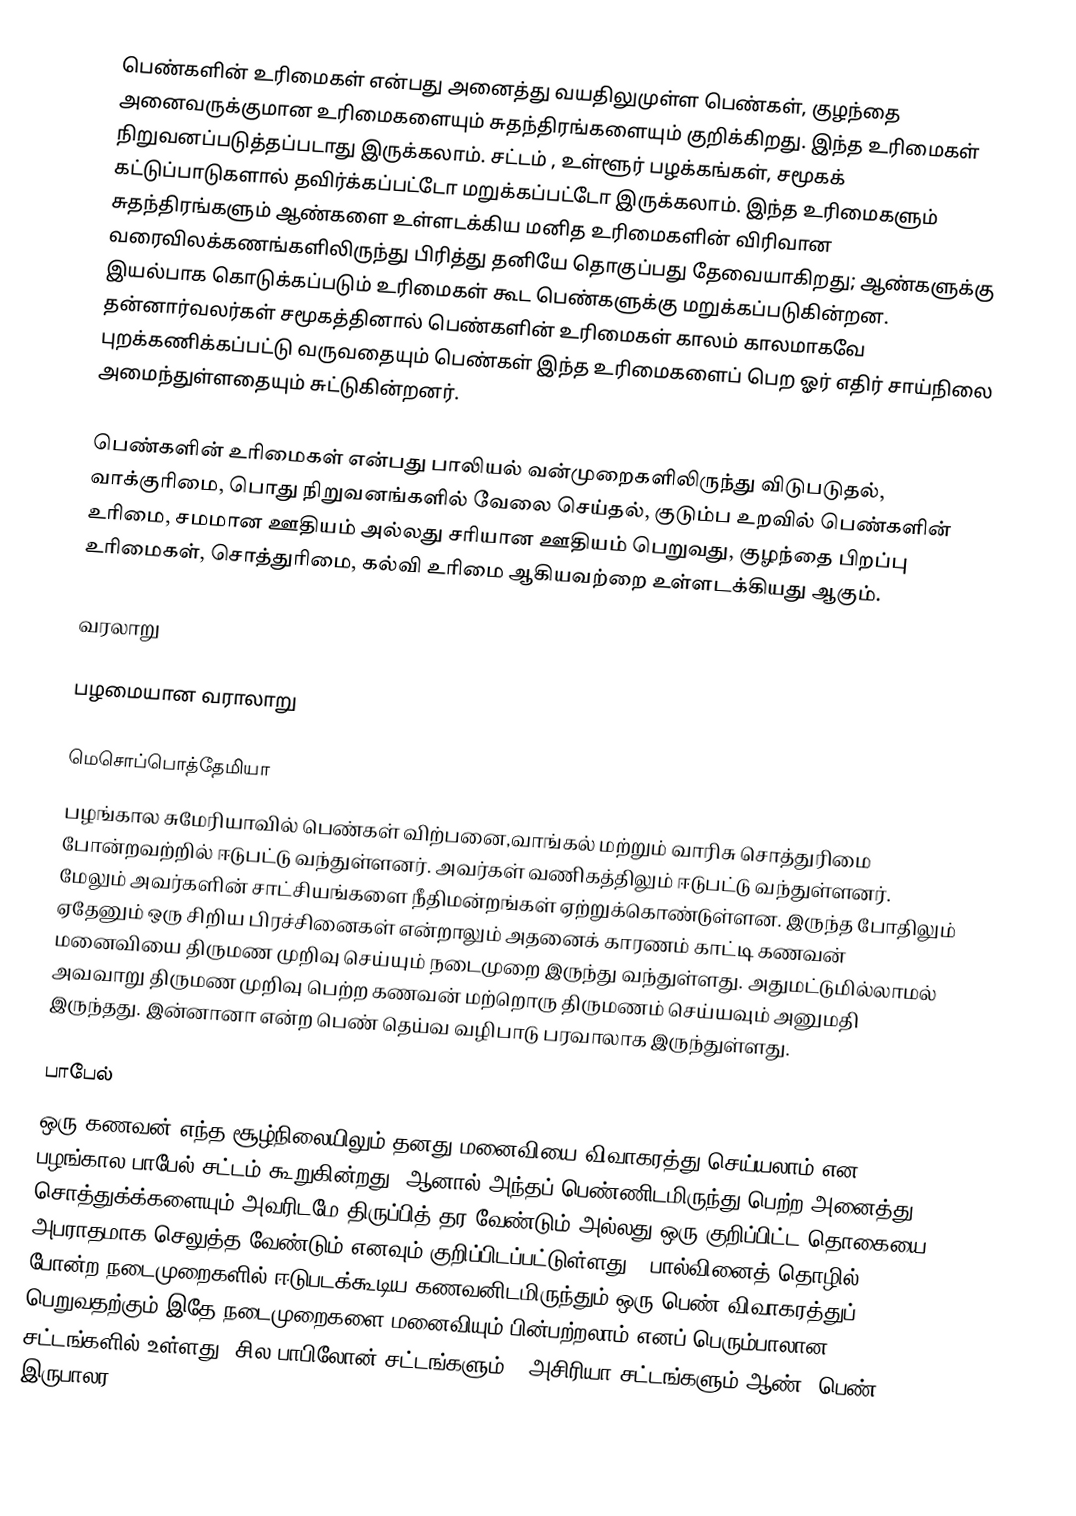
பெண்களின் உரிமைகள் என்பது அனைத்து வயதிலுமுள்ள பெண்கள், குழந்தை அனைவருக்குமான உரிமைகளையும் சுதந்திரங்களையும் குறிக்கிறது.  இந்த உரிமைகள் நிறுவனப்படுத்தப்படாது இருக்கலாம். சட்டம் , உள்ளூர் பழக்கங்கள், சமூகக் கட்டுப்பாடுகளால் தவிர்க்கப்பட்டோ மறுக்கப்பட்டோ இருக்கலாம்.  இந்த உரிமைகளும் சுதந்திரங்களும்  ஆண்களை உள்ளடக்கிய மனித உரிமைகளின் விரிவான வரைவிலக்கணங்களிலிருந்து பிரித்து தனியே தொகுப்பது தேவையாகிறது; ஆண்களுக்கு இயல்பாக கொடுக்கப்படும் உரிமைகள் கூட பெண்களுக்கு மறுக்கப்படுகின்றன.  தன்னார்வலர்கள் சமூகத்தினால் பெண்களின் உரிமைகள் காலம் காலமாகவே புறக்கணிக்கப்பட்டு வருவதையும் பெண்கள் இந்த உரிமைகளைப் பெற ஓர் எதிர் சாய்நிலை அமைந்துள்ளதையும் சுட்டுகின்றனர்.

பெண்களின் உரிமைகள் என்பது பாலியல் வன்முறைகளிலிருந்து விடுபடுதல், வாக்குரிமை, பொது நிறுவனங்களில் வேலை செய்தல், குடும்ப உறவில் பெண்களின் உரிமை, சமமான ஊதியம் அல்லது சரியான ஊதியம் பெறுவது, குழந்தை பிறப்பு உரிமைகள், சொத்துரிமை, கல்வி உரிமை ஆகியவற்றை உள்ளடக்கியது ஆகும்.

வரலாறு

பழமையான வராலாறு

மெசொப்பொத்தேமியா
பழங்கால சுமேரியாவில் பெண்கள் விற்பனை,வாங்கல்  மற்றும் வாரிசு சொத்துரிமை போன்றவற்றில் ஈடுபட்டு வந்துள்ளனர். அவர்கள் வணிகத்திலும் ஈடுபட்டு வந்துள்ளனர். மேலும் அவர்களின் சாட்சியங்களை நீதிமன்றங்கள் ஏற்றுக்கொண்டுள்ளன. இருந்த போதிலும் ஏதேனும் ஒரு சிறிய பிரச்சினைகள் என்றாலும் அதனைக் காரணம் காட்டி கணவன் மனைவியை திருமண முறிவு செய்யும் நடைமுறை இருந்து வந்துள்ளது. அதுமட்டுமில்லாமல் அவவாறு திருமண முறிவு பெற்ற கணவன் மற்றொரு திருமணம் செய்யவும் அனுமதி இருந்தது. இன்னானா என்ற பெண் தெய்வ வழிபாடு பரவாலாக இருந்துள்ளது.

பாபேல்
ஒரு கணவன் எந்த சூழ்நிலையிலும் தனது மனைவியை விவாகரத்து செய்யலாம் என பழங்கால பாபேல் சட்டம் கூறுகின்றது. ஆனால் அந்தப் பெண்ணிடமிருந்து பெற்ற அனைத்து சொத்துக்க்களையும் அவரிடமே திருப்பித் தர வேண்டும் அல்லது ஒரு குறிப்பிட்ட தொகையை அபராதமாக செலுத்த வேண்டும் எனவும் குறிப்பிடப்பட்டுள்ளது.. பால்வினைத் தொழில் போன்ற நடைமுறைகளில் ஈடுபடக்கூடிய கணவனிடமிருந்தும் ஒரு பெண் விவாகரத்துப் பெறுவதற்கும் இதே நடைமுறைகளை மனைவியும் பின்பற்றலாம் எனப் பெரும்பாலான சட்டங்களில் உள்ளது. சில பாபிலோன் சட்டங்களும் , அசிரியா சட்டங்களும் ஆண், பெண் இருபாலர